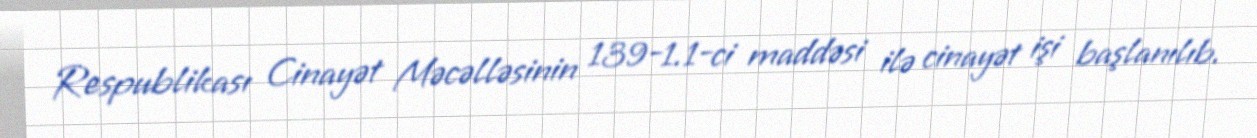
Respublikası Cinayət Məcəlləsinin 139-1.1-ci maddəsi ilə cinayət işi başlanılıb.